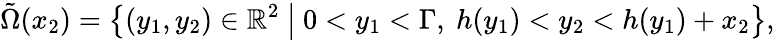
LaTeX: \tilde{\Omega}(x_{2})=\left\lbrace(y_{1},y_{2})\in\mathbb{R}^{2}\ \middle\vert\ 0<y_{1}<\Gamma,\ h(y_{1})<y_{2}<h(y_{1})+x_{2}\right\rbrace,